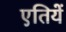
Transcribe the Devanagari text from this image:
एतियें